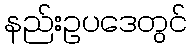
နည်းဥပဒေတွင်